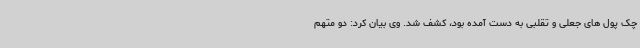
چک پول های جعلی و تقلبی به دست آمده بود، کشف شد. وی بیان کرد: دو متهم